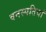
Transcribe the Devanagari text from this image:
वनस्‍पतियां